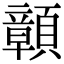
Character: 𩕆